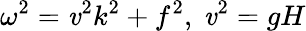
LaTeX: \omega^{2}=\mathit{v}^{2}k^{2}+f^{2},\ \mathit{v}^{2}=gH